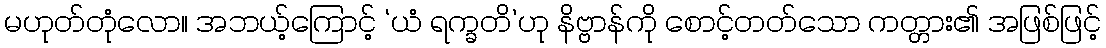
မဟုတ်တုံလော။ အဘယ့်ကြောင့် ‘ယံ ရက္ခတိ’ဟု နိဗ္ဗာန်ကို စောင့်တတ်သော ကတ္တား၏ အဖြစ်ဖြင့်